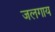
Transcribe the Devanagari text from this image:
जलगाय